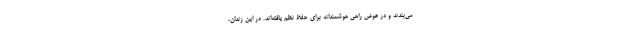
می‌بندند و در عوض راهی هوشمندانه برای حفظ نظم یافته‌اند. در این زندان،